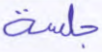
جلسة